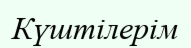
Күштілерім